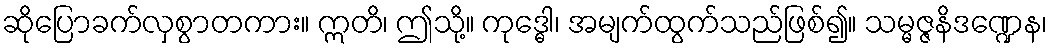
ဆိုပြောခက်လှစွာတကား။ ဣတိ၊ ဤသို့။ ကုဒ္ဓေါ၊ အမျက်ထွက်သည်ဖြစ်၍။ သမ္မဇ္ဇနိဒဏ္ဍေန၊